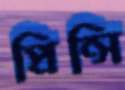
প্রিন্সি